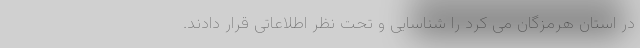
در استان هرمزگان می کرد را شناسایی و تحت نظر اطلاعاتی قرار دادند.